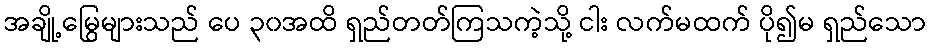
အချို့မြွေများသည် ပေ ၃၀အထိ ရှည်တတ်ကြသကဲ့သို့ ငါး လက်မထက် ပို၍မ ရှည်သော